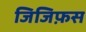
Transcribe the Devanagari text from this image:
जिजिफ़स